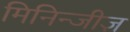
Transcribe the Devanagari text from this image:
मिनिन्जीज़